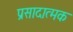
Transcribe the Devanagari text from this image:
प्रसादात्मक